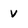
Character: v